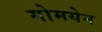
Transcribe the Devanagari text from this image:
गोमयेन